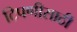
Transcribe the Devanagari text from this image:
टिपणीसाठी